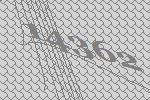
14362